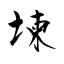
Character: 堜